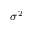
\sigma ^ { 2 }